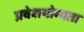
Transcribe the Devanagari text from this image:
प्रवेशयोग्यता